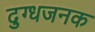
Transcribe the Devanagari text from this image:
दुग्धजनक